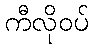
ကီလိုဝပ်